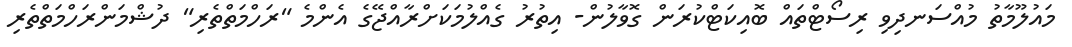
މައުލޫމާތު މުއްސަނދިވި ރިސޯޓްތައް ބޮއިކަޓްކުރަން ގޮވާލުން- އިތުރު ގެއްލުމަކަށްރާއްޖޭގެ އެންމެ "ރަހްމަތްތެރި" ދުޝްމަންރަހްމަތްތެރި